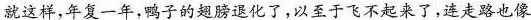
就这样，年复一年，鸭子的翅膀退化了，以至于飞不起来了，连走路也像